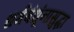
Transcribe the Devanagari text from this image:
धर्मबंधूंनासुद्धा